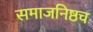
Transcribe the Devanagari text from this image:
समाजनिष्ठच